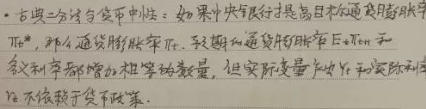
- 古典二分法与货币中性：如果中央银行提高目标通货膨胀率\(\pi^*\)，那么通货膨胀率\(\pi\)上升，预期通货膨胀率\(E_t\pi_{t + 1}\)和名义利率都增加相同数量，但实际变量产出\(Y\)和实际利率\(r\)不依赖于货币政策。